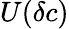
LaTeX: U(\delta c)